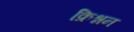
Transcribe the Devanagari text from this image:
क्रिश्नन